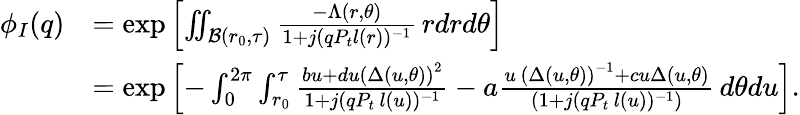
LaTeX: \begin{array}{rl}{\phi_{I}(q)}&{=\exp\left[\iint_{\mathcal{B}(r_{0},\tau)}\frac{-\Lambda(r,\theta)}{1+j(qP_{t}l(r))^{-1}}\, rdrd\theta\right]}\\ &{=\exp\left[-\int_{0}^{2\pi}\int_{r_{0}}^{\tau}\frac{bu+du\left(\Delta(u,\theta)\right)^{2}}{1+j(qP_{t}\, l(u))^{-1}}-a\frac{u\, \left(\Delta(u,\theta)\right)^{-1}+cu\Delta(u,\theta)}{\left(1+j(qP_{t}\, l(u))^{-1}\right)}\, d\theta du\right].}\end{array}